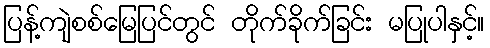
ပြန့်ကျဲစစ်မြေပြင်တွင် တိုက်ခိုက်ခြင်း မပြုပါနှင့်။